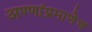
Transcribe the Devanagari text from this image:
अण्णांप्रमाणेच